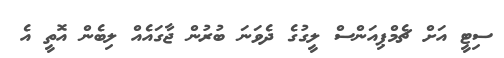
ސިޓީ އަށް ޗެމްޕިއަންސް ލީގުގެ ދެވަނަ ބުރުން ޖާގައެއް ލިބެން އޮތީ އެ